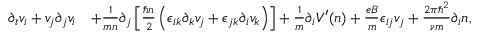
\begin{array} { r l } { \partial _ { t } v _ { i } + v _ { j } \partial _ { j } v _ { i } } & { + \frac { 1 } { m n } \partial _ { j } \left[ \frac { \hbar n } { 2 } \left( \epsilon _ { i k } \partial _ { k } v _ { j } + \epsilon _ { j k } \partial _ { i } v _ { k } \right) \right] + \frac { 1 } { m } \partial _ { i } V ^ { \prime } ( n ) + \frac { e B } { m } \epsilon _ { i j } v _ { j } + \frac { 2 \pi \hbar ^ { 2 } } { \nu m } \partial _ { i } n , } \end{array}